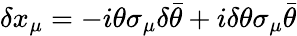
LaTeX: \delta x_{\mu}=-i\theta\sigma_{\mu}\delta\bar{\theta}+i\delta\theta\sigma_{\mu}\bar{\theta}